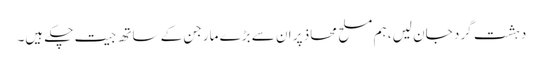
دہشت گرد جان لیں، ہم مسلح محاذ پر ان سے بڑے مارجن کے ساتھ جیت چکے ہیں۔